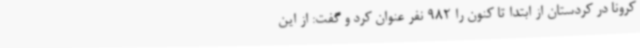
کرونا در کردستان از ابتدا تا کنون را 982 نفر عنوان کرد و گفت: از این